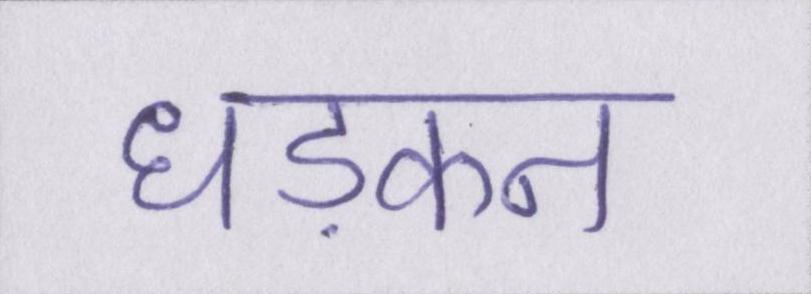
धड़कन